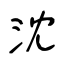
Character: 沈